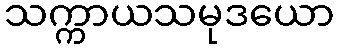
သက္ကာယသမုဒယော